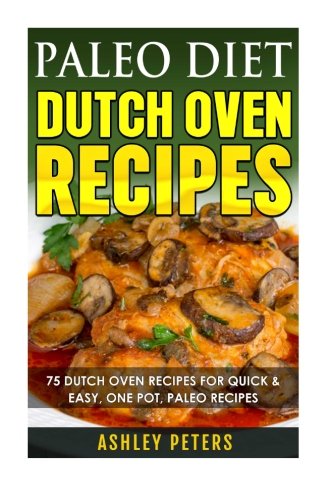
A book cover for Paleo Diet Dutch Oven Recipes:  Dutch Oven Recipes for Quick & Easy Paleo Recipes for Weight Loss; Ashley Peters; Cookbooks, Food & Wine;